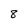
Character: 8